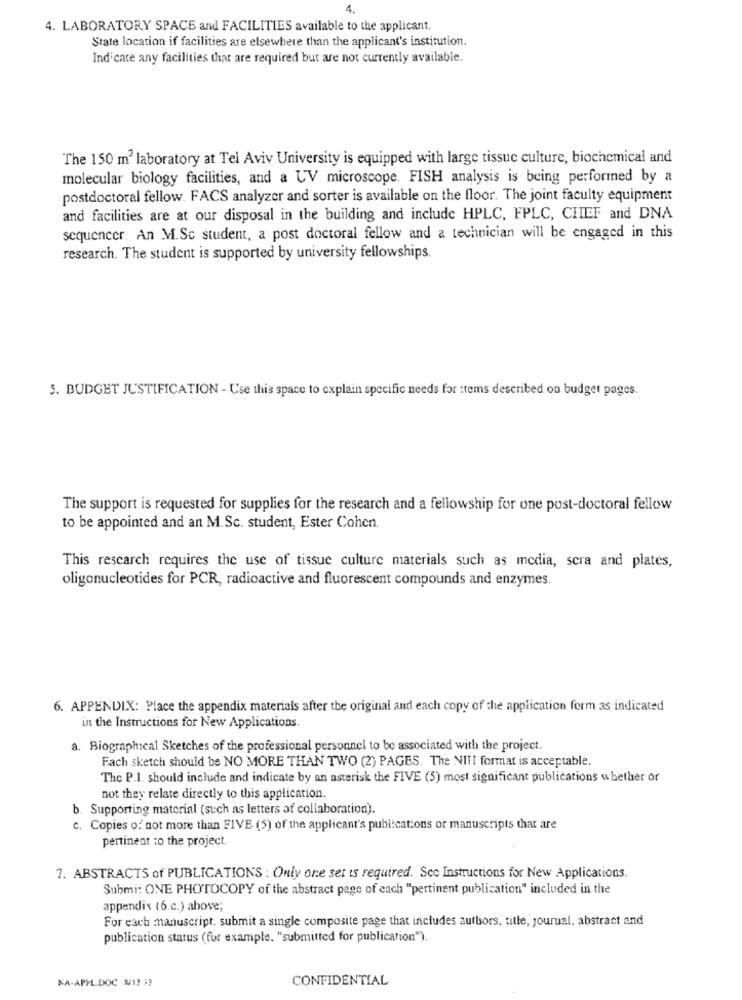
4.
4. LABORATORY SPACE and FACILITIES available to the applicant.
State location if facilities are elsewhere than the applicant's institution.
Indicate any facilities that are required but are not currently available.
The 150 m2 laboratory at Tel Aviv University is equipped with large tissue culture, biochemical and
molecular biology facilities, and a UV microscope. FISH analysis is being performed by a
postdoctoral fellow. FACS analyzer and sorter is available on the floor. The joint faculty equipment
and facilities are at our disposal in the building and include HPLC, FPLC, CHIEF and DNA
sequencer. An .M.Sc student, a post doctoral fellow and a technician will be engaged in this
research. The student is supported by university fellowships.
5. BUDGET JUSTIFICATION - Use this space to explain specific needs for :tems described on budget pages.
The support is requested for supplies for the research and a fellowship for one post-doctoral fellow
to be appointed and an M.Sc. student, Ester Cohen.
This research requires the use of tissue culture materials such as media, scra and plates,
oligonucleotides for PCR, radioactive and fluorescent compounds and enzymes.
6. APPENDIX: Place the appendix materials after the original and each copy of the application form as indicated
in the Instructions for New Applications.
a. Biographical Sketches of the professional personnel to be associated with the project.
Fach sketch should be NO MORE THAN TWO (2) PAGES. The NII! format is acceptable.
The P.I. should include and indicate by an asterisk the FIVE (5) most significant publications whether or
not they relate directly to this application.
b. Supporting material (such as letters of collaboration).
c. Copies of not more than FIVE (5) of the applicant's publications or manuscripts that are
pertinent ;o the project.
7. ABSTRACTS of PUBLICATIONS : Only one set is required. Sco Instructions for New Applications.
Submi: ONE PHOTOCOPY of the abstract pege of each "pertinent publication" included in the
appendix (6.c.) above;
For each manuscript. submit a single composite page that includes authors, title, jourual. abstract and
publication status (for example. "submitted for publication").
NA-APPL.DOC 211 3)
CONFIDENTIAL